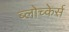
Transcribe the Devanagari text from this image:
ब्लोच्केर्स